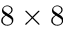
8 \times 8